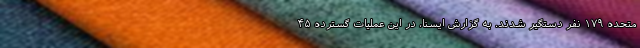
متحده ۱۷۹ نفر دستگیر شدند. به گزارش ایسنا، در این عملیات گسترده ۴۵